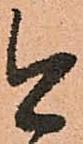
今